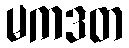
မကဒတ